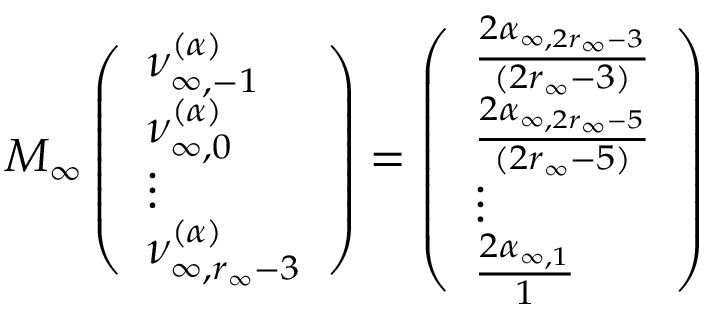
M _ { \infty } \left( \begin{array} { l } { \nu _ { \infty , - 1 } ^ { ( \boldsymbol { \alpha } ) } } \\ { \nu _ { \infty , 0 } ^ { ( \boldsymbol { \alpha } ) } } \\ { \vdots } \\ { \nu _ { \infty , r _ { \infty } - 3 } ^ { ( \boldsymbol { \alpha } ) } } \end{array} \right) = \left( \begin{array} { l } { \frac { 2 \alpha _ { \infty , 2 r _ { \infty } - 3 } } { ( 2 r _ { \infty } - 3 ) } } \\ { \frac { 2 \alpha _ { \infty , 2 r _ { \infty } - 5 } } { ( 2 r _ { \infty } - 5 ) } } \\ { \vdots } \\ { \frac { 2 \alpha _ { \infty , 1 } } { 1 } } \end{array} \right)